Vaccination in the Punjab 1867-1880 - 1867-1880
Year: 1867
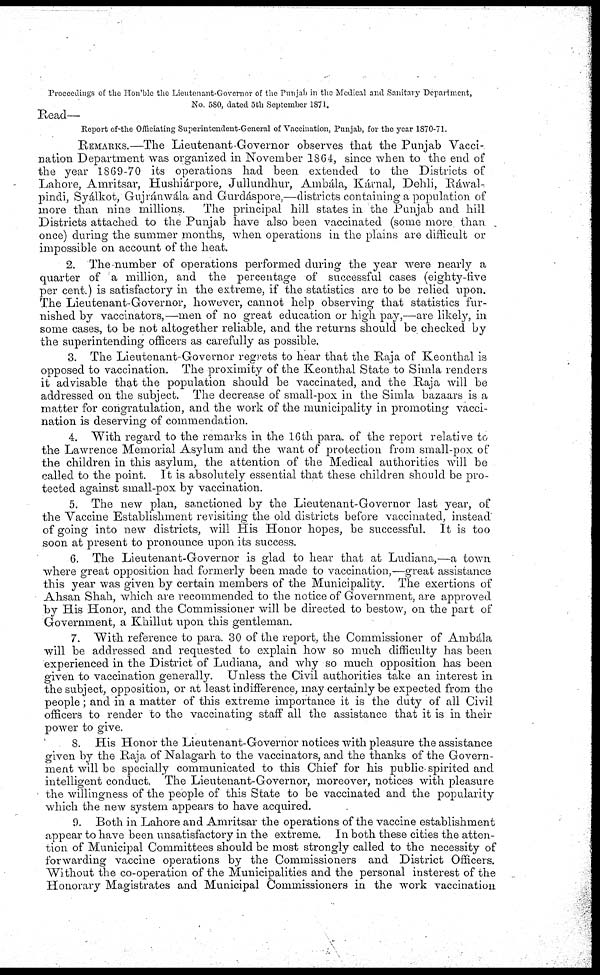
Proceedings of the Hon'ble the Lieutenant-Governor of the Punjab in the Medical and Sanitary Department,
No. 580, dated 5th September 1871.
Read—
Report of the Officiating Superintendent-General of Vaccination, Punjab, for the year 1870-71.
REMARKS.—The Lieutenant-Governor observes that the Punjab Vacci-
nation Department was organized in November 1864, since when to the end of
the year 1869-70 its operations had been extended to the Districts of
Lahore, Amritsar, Hushiárpore, Jullundhur, Ambála, Kárnal, Dehli, Ráwal-
pindi, Syálkot, Gujránwála and Gurdáspore, districts containing a population of
more than nine millions.
The principal hill states in the Punjab and hill
Districts attached to the Punjab have also been vaccinated (some more than
once) during the summer months, when operations in the plains are difficult or
impossible on account of the heat.
2. The number of operations performed during the year were nearly a
quarter of a million, and the percentage of successful cases (eighty-five
per cent.) is satisfactory in the extreme, if the statistics are to be relied upon.
The Lieutenant-Governor, however, cannot help observing that statistics fur-
nished by vaccinators,—men of no great education or high pay,—are likely, in
some cases, to be not altogether reliable, and the returns should be checked by
the superintending officers as carefully as possible.
3. The Lieutenant-Governor regrets to hear that the Raja of Keonthal is
opposed to vaccination. The proximity of the Keonthal State to Simla renders
it advisable that the population should be vaccinated, and the Raja will be
addressed on the subject. The decrease of small-pox in the Simla bazaars is a
matter for congratulation, and the work of the municipality in promoting vacci-
nation is deserving of commendation.
4. With regard to the remarks in the 16th para of the report relative to
the Lawrence Memorial Asylum and the want of protection from small-pox of
the children in this asylum, the attention of the Medical authorities will be
called to the point. It is absolutely essential that these children should be pro-
tected against small-pox by vaccination.
5. The new plan, sanctioned by the Lieutenant-Governor last year, of
the Vaccine Establishment revisiting the old districts before vaccinated, instead
of going into new districts, will His Honor hopes, be successful. It is too
soon at present to pronounce upon its success.
6. The Lieutenant-Governor is glad to hear that at Ludiana,—a town
where great opposition had formerly been made to vaccination,—great assistance
this year was given by certain members of the Municipality. The exertions of
Ahsan Shah, which are recommended to the notice of Government, are approved
by His Honor, and the Commissioner will be directed to bestow, on the part of
Government, a Khillut upon this gentleman.
7. With reference to para. 30 of the report, the Commissioner of Ambála
will be addressed and requested to explain how so much difficulty has been
experienced in the District of Ludiana, and why so much opposition has been
given to vaccination generally. Unless the Civil authorities take an interest in
the subject, opposition, or at least indifference, may certainly be expected from the
people; and in a matter of this extreme importance it is the duty of all Civil
officers to render to the vaccinating staff all the assistance that it is in their
power to give.
8. His Honor the Lieutenant-Governor notices with pleasure the assistance
given by the Raja of Nalagarh to the vaccinators, and the thanks of the Govern-
ment will be specially communicated to this Chief for his public-spirited and
intelligent conduct. The Lieutenant-Governor, moreover, notices with pleasure
the willingness of the people of this State to be vaccinated and the popularity
which the new system appears to have acquired.
9. Both in Lahore and Amritsar the operations of the vaccine establishment
appear to have been unsatisfactory in the extreme. In both these cities the atten-
tion of Municipal Committees should be most strongly called to the necessity of
forwarding vaccine operations by the Commissioners and District Officers.
Without the co-operation of the Municipalities and the personal insterest of the
Honorary Magistrates and Municipal Commissioners in the work vaccination